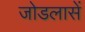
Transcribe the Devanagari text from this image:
जोडलासें